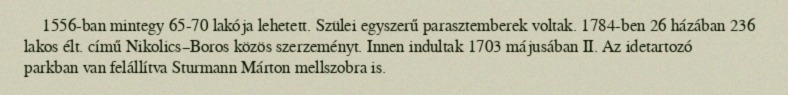
1556-ban mintegy 65-70 lakója lehetett. Szülei egyszerű parasztemberek voltak. 1784-ben 26 házában 236 lakos élt. című Nikolics–Boros közös szerzeményt. Innen indultak 1703 májusában II. Az idetartozó parkban van felállítva Sturmann Márton mellszobra is.